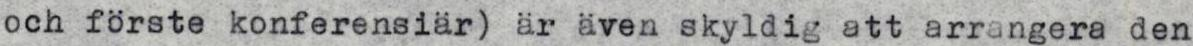
och förste konferensiär) är även skyldig att arrangera den